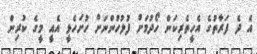
އެ ދެ ފަރާތުގެ އެހީތެރިކަން ހޯދުމަށް ފުލުހުންނަށް ހުށަހެޅީ އެއީ މީގެ ކުރިން